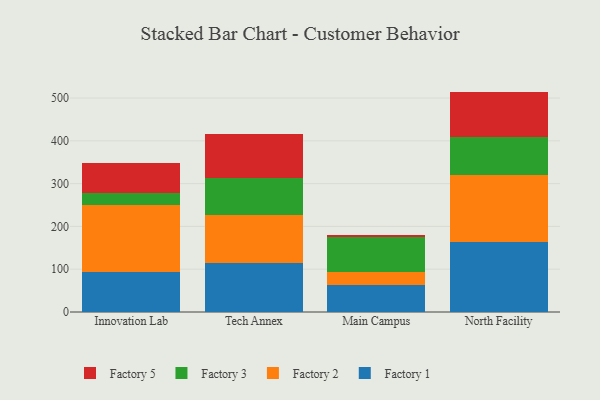
{"axis": {"x": "Campus", "y": "Temperature (°C)"}, "legend": ["Factory 1", "Factory 2", "Factory 3", "Factory 5"], "data": [{"x": "Innovation Lab", "y": 93.3, "type": "Factory 1"}, {"x": "Innovation Lab", "y": 156.3, "type": "Factory 2"}, {"x": "Innovation Lab", "y": 29.4, "type": "Factory 3"}, {"x": "Innovation Lab", "y": 69.8, "type": "Factory 5"}, {"x": "Tech Annex", "y": 114.6, "type": "Factory 1"}, {"x": "Tech Annex", "y": 112.2, "type": "Factory 2"}, {"x": "Tech Annex", "y": 86.6, "type": "Factory 3"}, {"x": "Tech Annex", "y": 102.8, "type": "Factory 5"}, {"x": "Main Campus", "y": 63.9, "type": "Factory 1"}, {"x": "Main Campus", "y": 29.1, "type": "Factory 2"}, {"x": "Main Campus", "y": 81.8, "type": "Factory 3"}, {"x": "Main Campus", "y": 5.7, "type": "Factory 5"}, {"x": "North Facility", "y": 162.7, "type": "Factory 1"}, {"x": "North Facility", "y": 157.4, "type": "Factory 2"}, {"x": "North Facility", "y": 87.7, "type": "Factory 3"}, {"x": "North Facility", "y": 107.2, "type": "Factory 5"}]}